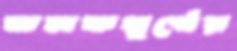
ভলফস্বুর্গের